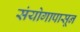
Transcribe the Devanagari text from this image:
संयोगापासून